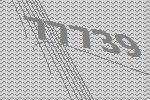
77739